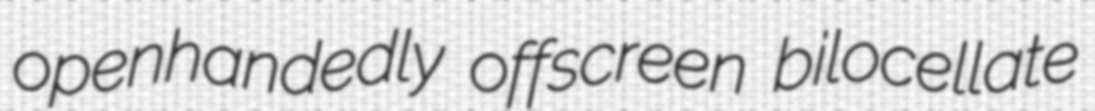
openhandedly offscreen bilocellate